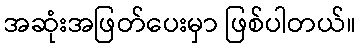
အဆုံးအဖြတ်ပေးမှာ ဖြစ်ပါတယ်။